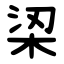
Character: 鿄